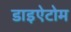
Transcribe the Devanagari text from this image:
डाइऐटोम